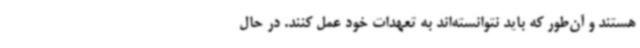
هستند و آن‌طور که باید نتوانسته‌اند به تعهدات خود عمل کنند. در حال